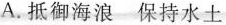
A.抵御海浪 保持水土